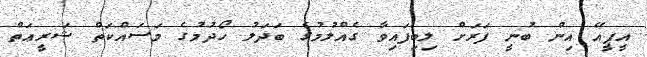
އީޕީއޭ އިން ބުނީ ފަރަށް ލިބިފައިވާ ގެއްލުމުގެ ބަދަލު ހޯދުމުގެ މަސައްކަތް ޝަރީޢަތް